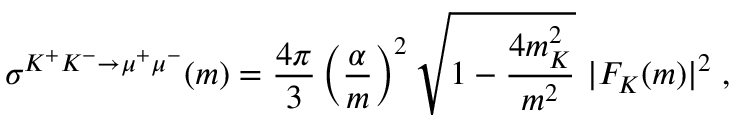
\sigma ^ { K ^ { + } K ^ { - } \rightarrow \mu ^ { + } \mu ^ { - } } ( m ) = \frac { 4 \pi } { 3 } \left( \frac { \alpha } { m } \right) ^ { 2 } \sqrt { 1 - \frac { 4 m _ { K } ^ { 2 } } { m ^ { 2 } } } \ | F _ { K } ( m ) | ^ { 2 } \; ,